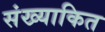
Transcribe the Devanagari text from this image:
संख्याकित